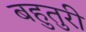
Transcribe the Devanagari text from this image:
बहुतुरी